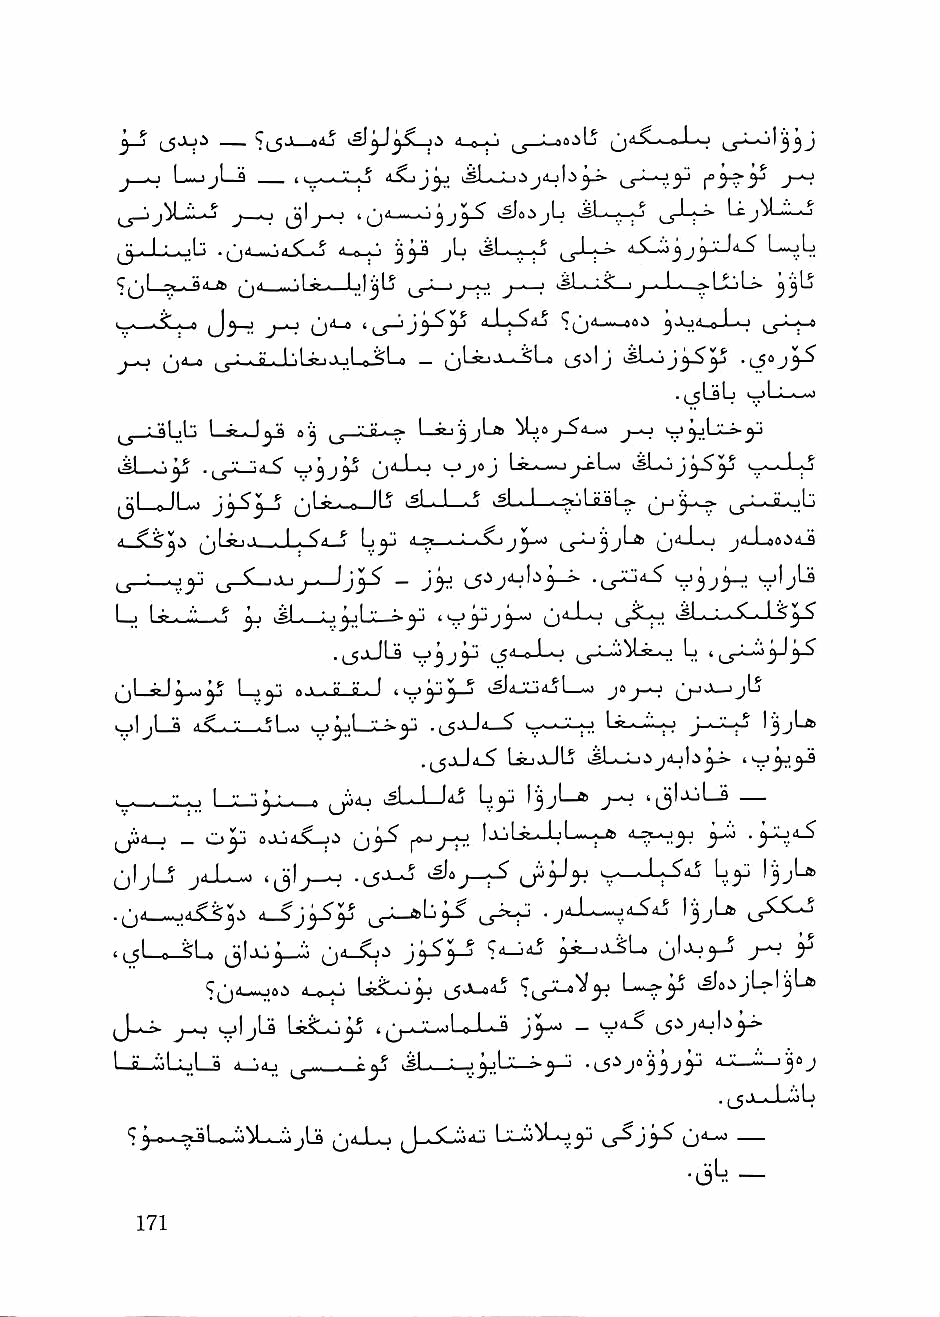
j         I              ^ ! ftA^K ^rtjC-i.-».Lo
 j < Lw-ijL-d I    <lSo^^            ^       J'^
 j^LiL-j j-^ i3'j~^ *o^—-^3J^ uSJoijL ^1-^-^ tj-'-i-^ Uj^L^
 (j_Jj_ob       i-e_jj y^ jb JL^O i_j-b-»    b-ob
 ~  * ^j.1 . '.I ^ n I ;l jl^ ^ J^. —'. iSb——IJ • 1 • ^1JLi1-» 33^
 J3^ J_- n (jll-O '(_J~^J3-^3^ 4-L^dj OO.i j >„>r' ,0 L- I
 (j<l-<i 1^ - i I 'rl ■» ' ' ;J n (_5'^1 J -jbo -lJo jyS
 .jjLsb
 ^ ■ "al ■!" 1 ^ ■ l^"4 4^ '''-jj ■ rr I—^3jbfc j-^
 isi        -^yy  ^j-uLo   Lst.---j^L-i   ■—-^J-o
 ijl [JLo J^^_j jjLi-wi—lb iSLJ—b kfbJ—^^LtULs- (j-i^.^ ^jj-^jL/jb
 . 1 .^^ 3 b^ ■*,■" . 1 . ^ i J ^ ^<sJ_i_J J* I -fA-N^ Q
 L$—               ~    l5'='3v'-^3-^ •i_5-^'^ v'->^
 Lj lj--.-b—b y >gL_o^L" 'St'3^       bb,j-,~.^.^-li>
 .jJjJLa   ^54_o-Lo     b
 ^LseJ^— I ly oXbi_Lj    vSJjJijbL^ jOj_~j (jjj_jjb
 ■__'ljl "a ^ ■ V .^1 .. ■ J vA-j" s-—'-^-;-J lj:.i-.b--> j-^'i'_. sj l\^yjLu#)
 - \ L ^ bsjjJb >^b»L)^
 L_:lj^j_s_4 ^4j ^LJ—lb by l^jb-® j-H 'i3'-^'—s —
 JiA-> - Oy     {jy^               A^y
 ijljU jJ_^ 'ij'y-H                     by  l3jLfl,
 4-^jyy                      \yu
 tijLo-SU Jjljbyb         S'^-'b y^xSL ol-^3-^ J-^
 4_®y LiSLby ^Ji_ab "rj^^Vy L—^y '^»:ijL»l3b»
 J-»-j». j_o vjjjLs LstSLb y 4 |j_bLvjLo-L«J 33^ —
 l—iLbLoLfl il-iy ^ - y JL^-L-j,yLX-J>yli .^ija^^jy 4-X—b-iyj
 . (_$.v-.J-'"."'Lf
 ';y_-^L»bj^L.bijU iji-Lo ^J_bbbJj Li-wU-jy ^j'yS Qi-o
 ■3^. —